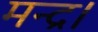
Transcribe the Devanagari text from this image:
मन्द्र।